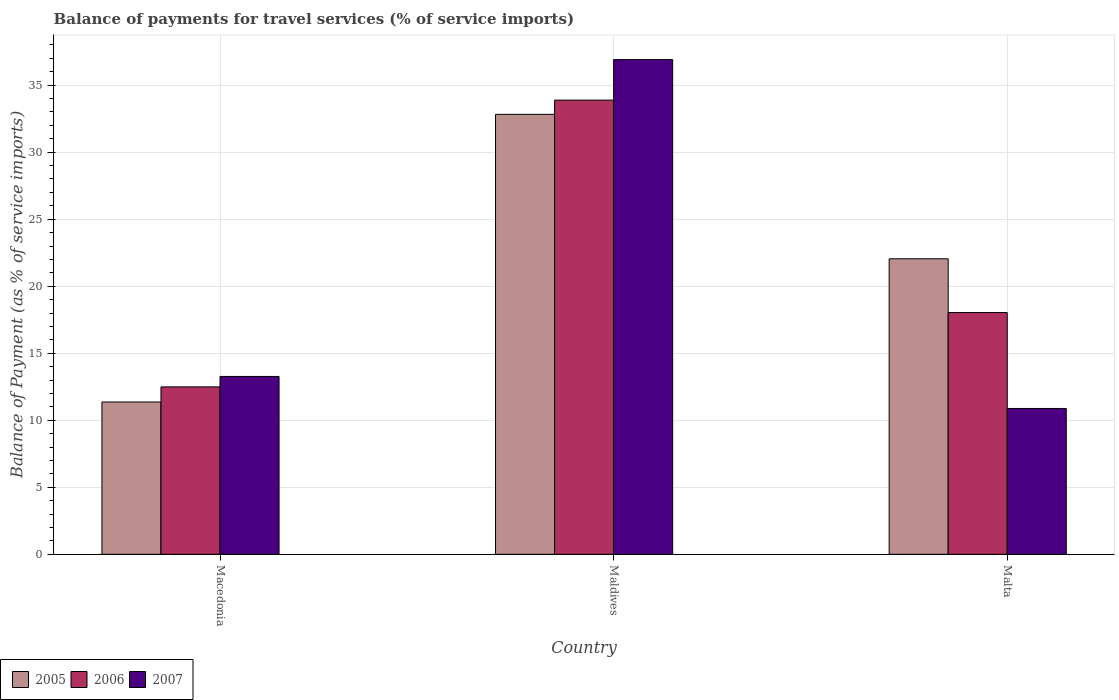
| Country | 2005 | 2006 | 2007 |
 | --- | --- | --- | --- |
 | Macedonia | 11.4 | 12.5 | 13.3 |
 | Maldives | 32.8 | 33.9 | 36.9 |
 | Malta | 22 | 18 | 10.9 |